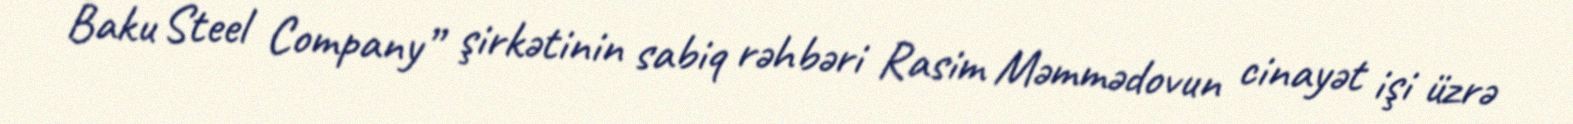
Baku Steel Company” şirkətinin sabiq rəhbəri Rasim Məmmədovun cinayət işi üzrə